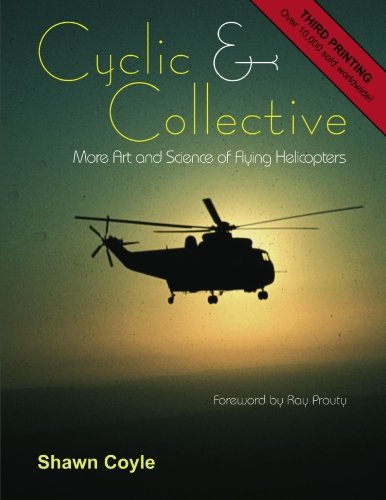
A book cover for Cyclic and Collective; Shawn Coyle; Engineering & Transportation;